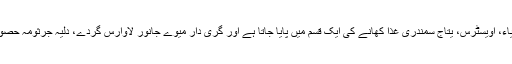
خوراک کے ذریعہ تانبے کو وسیع پیمانے پر کھانے کی اشیاء، اویسٹرس، یتاج سمندری غذا کھانے کی ایک قسم میں پایا جاتا ہے اور گری دار میوے جانور لاوارس گردے، دلیہ جرثومہ حصوں، وغیرہ، وغیرہ کے بعد، اور تانبے کے اچھے ذرائع ہیں ۔